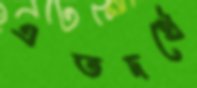
এতদর্থে